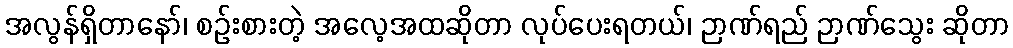
အလွန်ရှိတာနော်၊ စဉ်းစားတဲ့ အလေ့အထဆိုတာ လုပ်ပေးရတယ်၊ ဉာဏ်ရည် ဉာဏ်သွေး ဆိုတာ